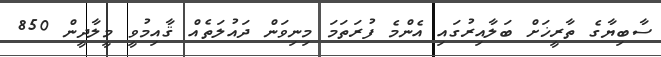
ސާބިޔާގެ ތާރީޚަށް ބަލާއިރުގައި އެންމެ ފުރަތަމަ މިނިވަން ދައުލަތެއް ޤާއިމުވީ މީލާދީން 850